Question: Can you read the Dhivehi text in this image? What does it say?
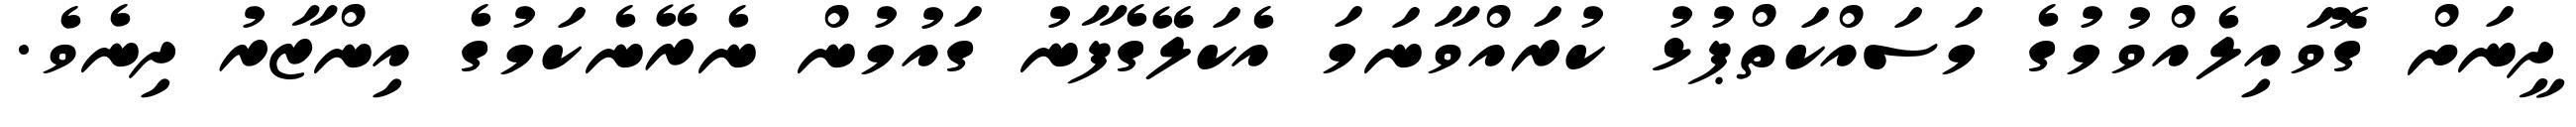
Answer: ދީނަށް ގޮވައިލެއްވުމުގެ މަސައްކަތްޕުޅު ކުރައްވާނަމަ އެކަލޭގެފާނު ގައުމުން ނެރޭނެކަމުގެ އިންޒާރު ދިނެވެ.